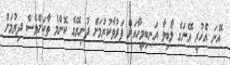
އޭނަ އެހުރީ އޭނަގެ ލޯބިވާ އަނބިމީހާއަށް ފަރުވާކުރުމަށް ދުނިޔޭގެ ކޮންމެ ތާކަށްވެސް ދިޔުމަށް